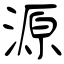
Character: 源